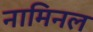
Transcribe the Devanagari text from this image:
नामिनल